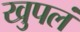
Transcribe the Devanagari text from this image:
खुपलं